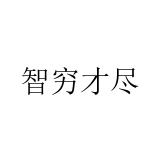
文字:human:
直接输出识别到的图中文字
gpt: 智穷才尽